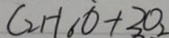
C _ { 2 } H _ { 6 } O + 3 O _ { 2 }